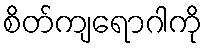
စိတ်ကျရောဂါကို